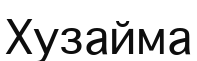
Хузайма